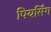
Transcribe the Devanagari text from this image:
पियर्सिंग